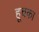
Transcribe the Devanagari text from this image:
हूचका